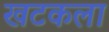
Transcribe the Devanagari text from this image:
खटकला